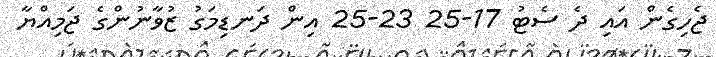
ޖެހިގެން އައި ދެ ސެޓު 17-25 23-25 އިން ދަނޑިމަގު ޒުވާނުންގެ ޖަމިއްޔާ